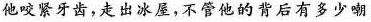
他咬紧牙齿，走出冰屋，不管他的背后有多少嘲